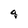
Character: 4